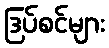
ဒြပ်စင်များ